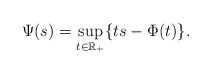
\begin{align*}\Psi(s)=\sup_{t\in\mathbb R_+}\{ts - \Phi(t)\}.\end{align*}